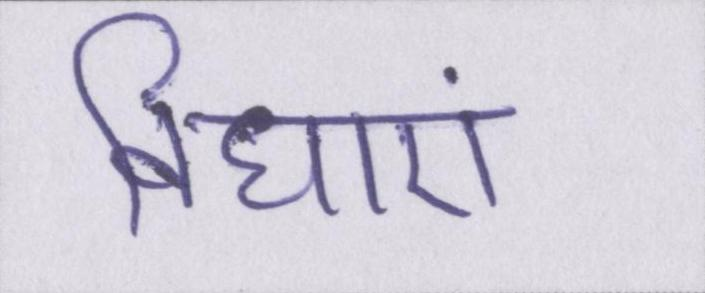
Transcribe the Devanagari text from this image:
विधाएं